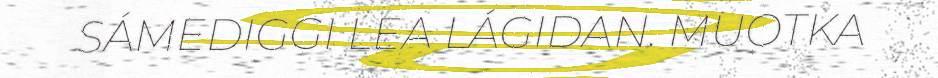
SÁMEDIGGI LEA LÁGIDAN. MUOTKA